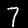
Label: 7